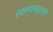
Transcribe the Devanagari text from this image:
स्वरूपाबद्दलची